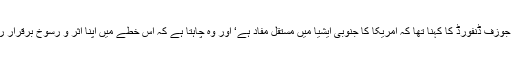
جنرل جوزف ڈنفورڈ کا کہنا تھا کہ امریکا کا جنوبی ایشیا میں مستقل مفاد ہے‘ اور وہ چاہتا ہے کہ اس خطے میں اپنا اثر و رسوخ برقرار رکھے۔